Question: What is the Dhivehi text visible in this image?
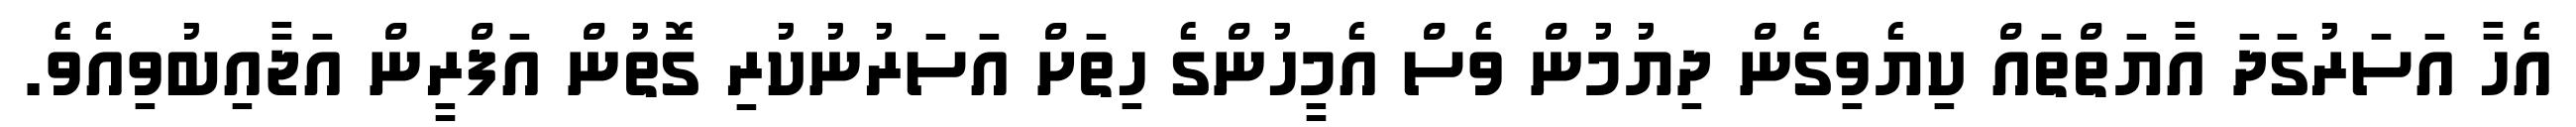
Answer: އެހާ އަސަރުގަދަ އާޔަތްތައް ކިޔެވިގެން ދިޔުމުން ވެސް އެމީހުންގެ ހިތަށް އަސަރުނުކުރި ގޮތުން އަފްރީން އަޖާއިބުވިއެވެ.